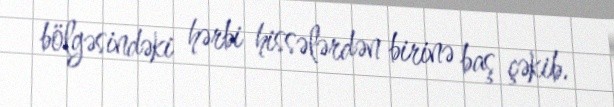
bölgəsindəki hərbi hissələrdən birinə baş çəkib.